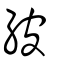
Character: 紴